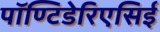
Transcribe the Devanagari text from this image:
पॉण्टिडेरिएसिई